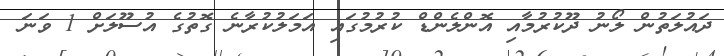
ދައުލަތުން ލޯނު ދޫކުރުމާއި އޮންލެންޑް ކުރުމުގައި އަމަލުކުރާނެ ގޮތުގެ އުސޫލަށް 1 ވަނަ